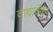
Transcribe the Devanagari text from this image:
वाद्यातील